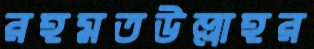
রহমতউল্লাহর